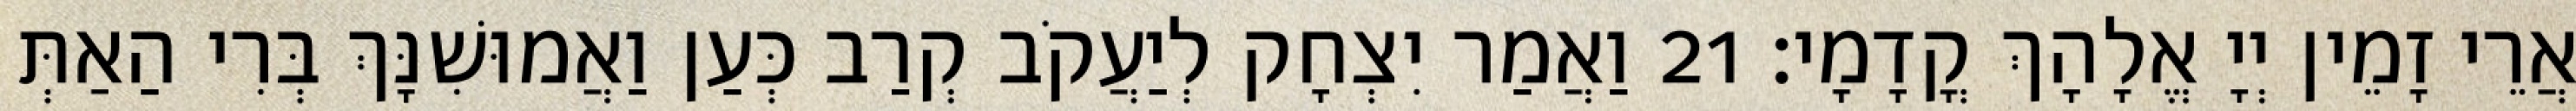
אֲרֵי זָמֵין יְיָ אֱלָהָךְ קֳדָמָי׃ 21 וַאֲמַר יִצְחָק לְיַעֲקֹב קְרַב כְּעַן וַאֲמוּשִׁנָּךְ בְּרִי הַאַתְּ